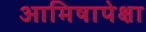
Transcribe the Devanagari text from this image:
आमिषापेक्षा